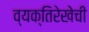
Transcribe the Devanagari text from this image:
व्यक्तिरेखेची